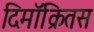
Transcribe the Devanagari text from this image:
दिमॉक्रितस